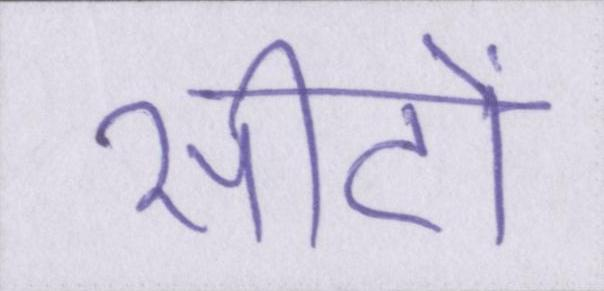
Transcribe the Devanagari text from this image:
सीटों